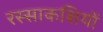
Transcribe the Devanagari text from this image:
रस्साकशियों